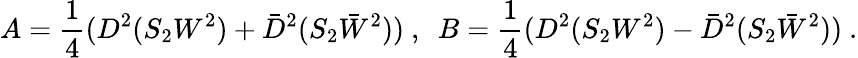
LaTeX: A=\frac{1}{4}(D^{2}(S_{2}W^{2})+\bar{D}^{2}(S_{2}\bar{W}^{2}))~,~~B=\frac{1}{4}(D^{2}(S_{2}W^{2})-\bar{D}^{2}(S_{2}\bar{W}^{2}))~.